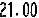
21.00